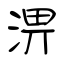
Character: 淠